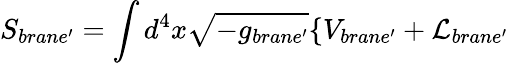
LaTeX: S_{brane^{\prime}}=\int d^{4}x\sqrt{-g_{brane^{\prime}}}\{ V_{brane^{\prime}}+{\cal L}_{brane^{\prime}}